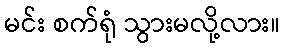
မင်း စက်ရုံ သွားမလို့လား။